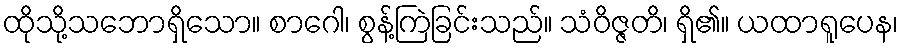
ထိုသို့သဘောရှိသော။ စာဂေါ၊ စွန့်ကြဲခြင်းသည်။ သံဝိဇ္ဇတိ၊ ရှိ၏။ ယထာရူပေန၊